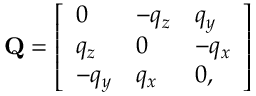
\mathbf { Q } = \left[ \begin{array} { l l l } { 0 } & { - q _ { z } } & { q _ { y } } \\ { q _ { z } } & { 0 } & { - q _ { x } } \\ { - q _ { y } } & { q _ { x } } & { 0 , } \end{array} \right]